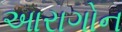
આરાગોન